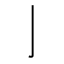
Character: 亅